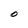
Character: O